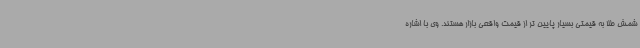
شمش طلا به قیمتی بسیار پایین تر از قیمت واقعی بازار هستند. وی با اشاره